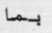
بما